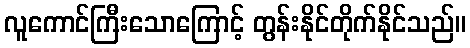
လူကောင်ကြီးသောကြောင့် တွန်းနိုင်တိုက်နိုင်သည်။